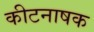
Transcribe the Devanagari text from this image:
कीटनाषक